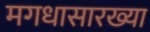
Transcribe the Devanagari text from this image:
मगधासारख्या